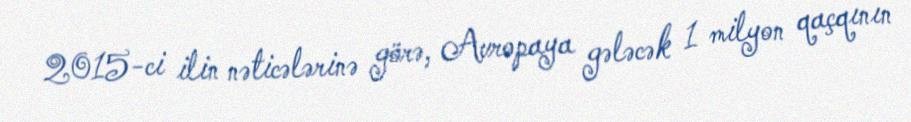
2015-ci ilin nəticələrinə görə, Avropaya gələcək 1 milyon qaçqının